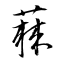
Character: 蕀